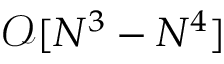
\mathcal { O } [ N ^ { 3 } - N ^ { 4 } ]